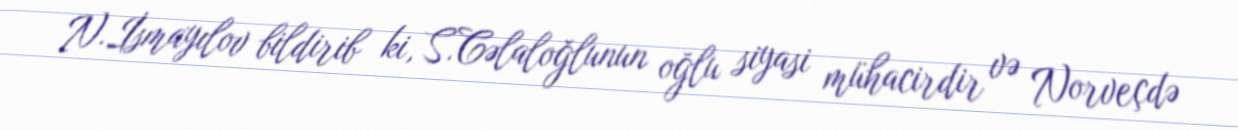
N.İsmayılov bildirib ki, S.Cəlaloğlunun oğlu siyasi mühacirdir və Norveçdə